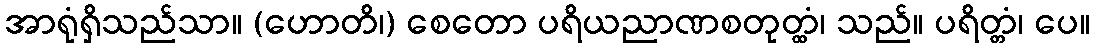
အာရုံရှိသည်သာ။ (ဟောတိ၊) စေတော ပရိယညာဏစတုတ္ထံ၊ သည်။ ပရိတ္တံ၊ ပေ။